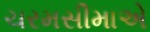
ચરમસીમાએ